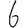
Digit: 6